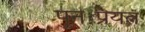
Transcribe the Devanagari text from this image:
पुनःप्रयत्न